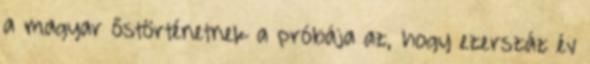
a magyar őstörténetnek a próbája az, hogy ezerszáz év